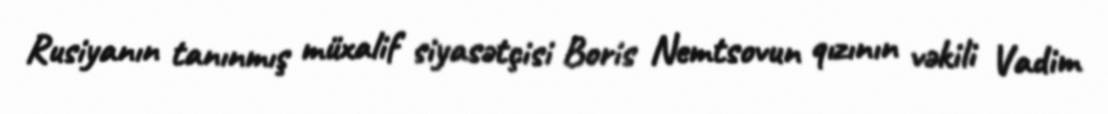
Rusiyanın tanınmış müxalif siyasətçisi Boris Nemtsovun qızının vəkili Vadim